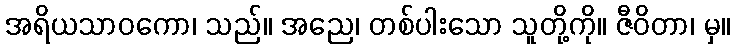
အရိယသာဝကော၊ သည်။ အညေ၊ တစ်ပါးသော သူတို့ကို။ ဇီဝိတာ၊ မှ။